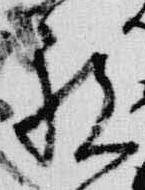
祝